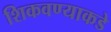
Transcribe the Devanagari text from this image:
शिकवण्याकडे